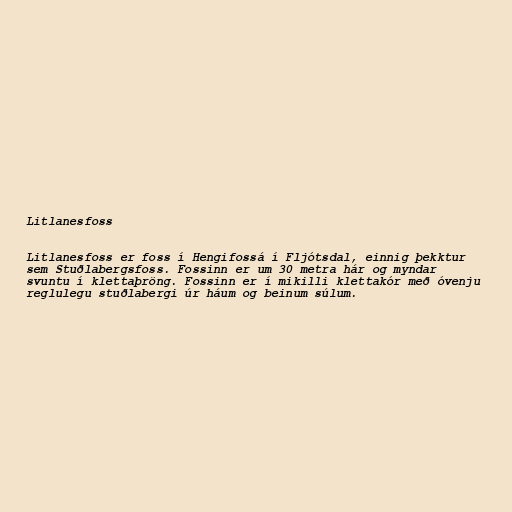
Litlanesfoss

Litlanesfoss er foss í Hengifossá í Fljótsdal, einnig þekktur
sem Stuðlabergsfoss. Fossinn er um 30 metra hár og myndar
svuntu í klettaþröng. Fossinn er í mikilli klettakór með óvenju
reglulegu stuðlabergi úr háum og beinum súlum.